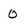
Character: 0